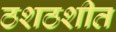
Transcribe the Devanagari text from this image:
ठशठशीत